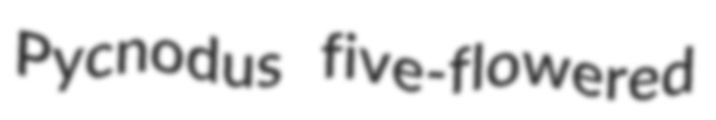
Pycnodus five-flowered